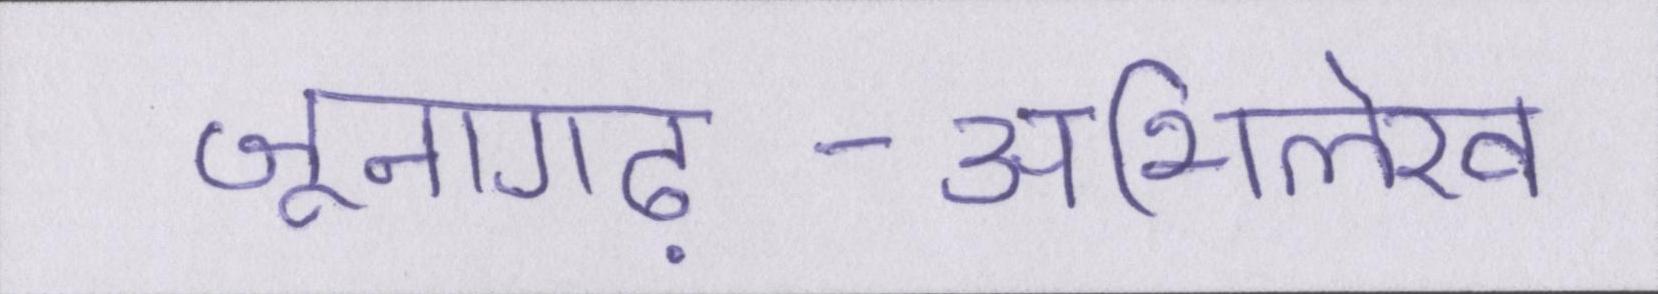
जूनागढ़-अभिलेख